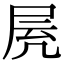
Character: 𡱓